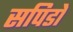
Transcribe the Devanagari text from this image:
सपिडों